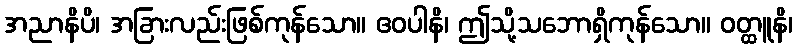
အညာနိပိ၊ အခြားလည်းဖြစ်ကုန်သော။ ဧဝပါနိ၊ ဤသို့သဘောရှိကုန်သော။ ဝတ္ထူနိ၊